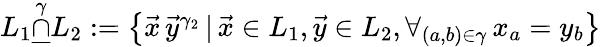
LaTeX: \begin{array}{r}{L_{1}\underline{{\stackrel{\gamma}{\cap}}}L_{2}:=\left\{ \vec{x}\, \vec{y}^{\gamma_{2}}\, |\, \vec{x}\in L_{1},\vec{y}\in L_{2},\forall_{(a,b)\in\gamma}\, x_{a}=y_{b}\right\} }\end{array}